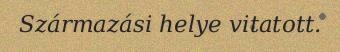
Származási helye vitatott.